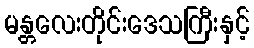
မန္တလေးတိုင်းဒေသကြီးနှင့်